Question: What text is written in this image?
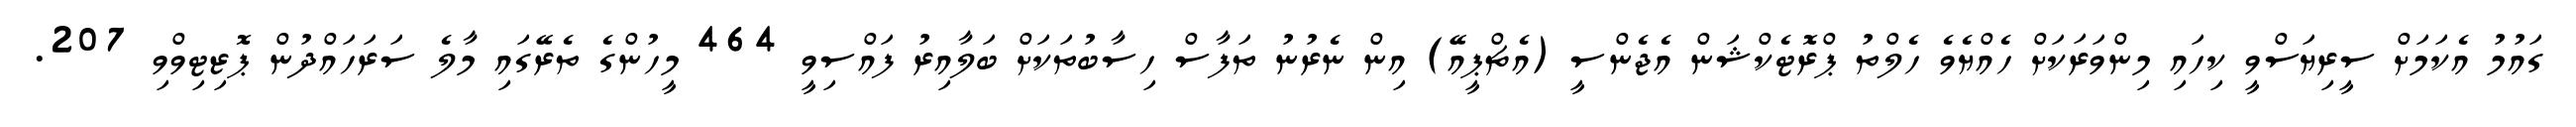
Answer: ގައުމު އެކަމަށް ސީރިޔަސްވީ ކިހައި މިންވަރަކަށް ހެއްޔެވެ ހެލްތު ޕްރޮޓެކްޝަން އެޖެންސީ (އެޗްޕީއޭ) އިން ނެރުނު ތަފާސް ހިސާބުތަކަށް ބަލާއިރު ފައްސިވީ 464 މީހުންގެ ތެރޭގައި މާލެ ސަރަހައްދުން ޕޮޒިޓިވްވި 207.